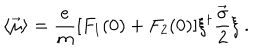
LaTeX: \langle \vec { \mu } \rangle = \frac { e } { m } [ F _ { 1 } ( 0 ) + F _ { 2 } ( 0 ) ] { \xi } ^ { \dagger } \frac { \vec { \sigma } } { 2 } \xi \ .